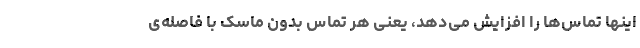
اینها تماس‌ها را افزایش می‌دهد، یعنی هر تماس بدون ماسک با فاصله‌ی